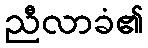
ညီလာခံ၏